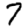
Digit: 7